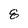
Character: 8